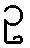
ဥ